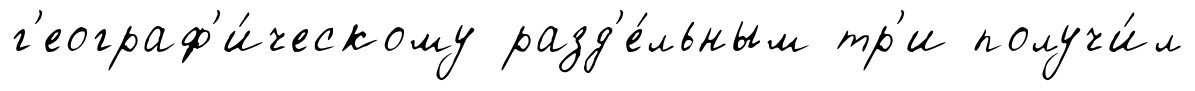
г'еограф'и́ческому разд'е́льным тр'и получи́л